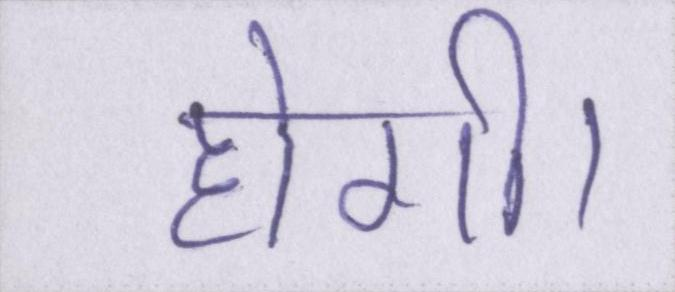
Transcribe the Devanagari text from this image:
होगी।